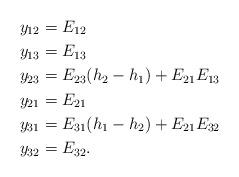
LaTeX: \begin{align*}y_{12}&=E_{12}\\y_{13}&=E_{13}\\y_{23}&=E_{23}(h_2-h_1)+E_{21}E_{13}\\y_{21}&=E_{21}\\y_{31}&=E_{31}(h_1-h_2)+E_{21}E_{32}\\y_{32}&=E_{32}.\end{align*}